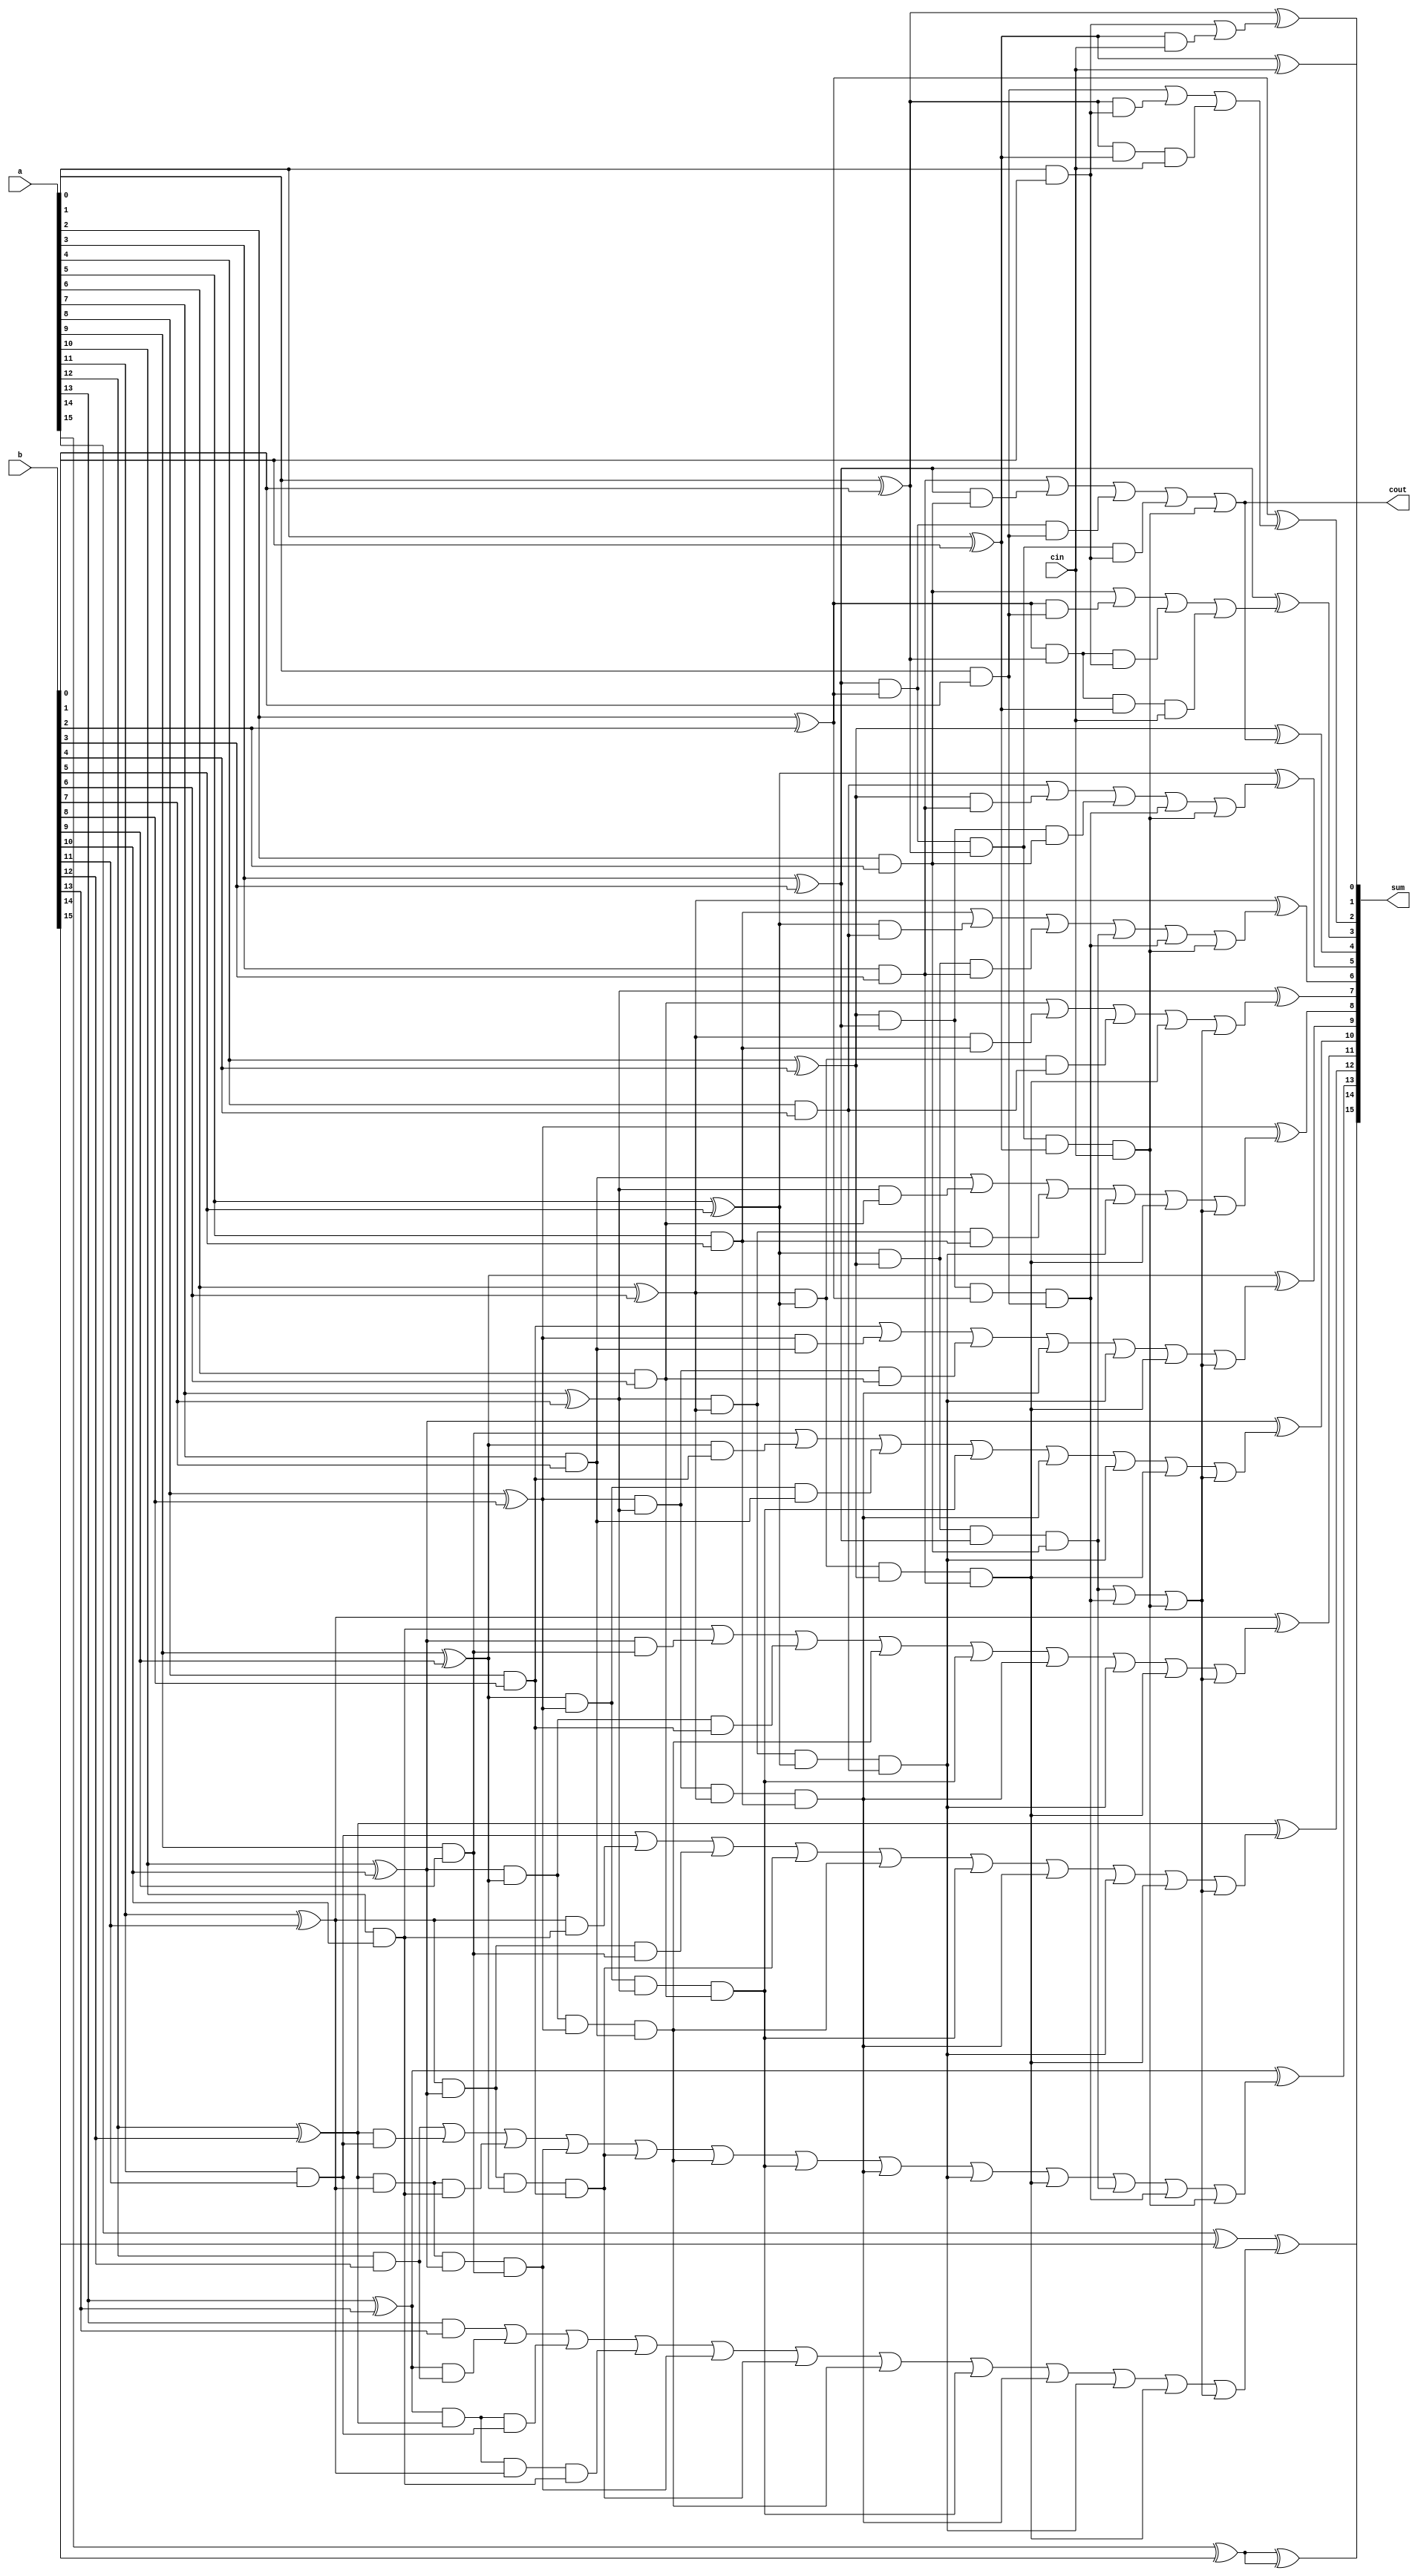
module CLA_Adder(a,b,cin,sum,cout);
	input[15:0] a,b;
	input cin;
	output [15:0] sum;
	output cout;
	wire p0,p1,p2,p3,p4,p5,p6,p7,p8,p9,p10,p11,p12,p13,p14,p15,g0,g1,g2,g3,g4,g5,g6,g7,g8,g9,g10,g11,g12,g13,g14,g15,c0,c1,c2,c3,c4,c5,c6,c7,c8,c9,c10,c11,c12,c13,c14,c15;
  assign p0=(a[0]^b[0]);
  assign p1=(a[1]^b[1]);
               assign p2=(a[2]^b[2]);
               assign p3=(a[3]^b[3]);
               assign p4=(a[4]^b[4]);
               assign p5=(a[5]^b[5]);
  assign p6=(a[6]^b[6]);
  assign p7=(a[7]^b[7]);
  assign p8=(a[8]^b[8]);
  assign p9=(a[9]^b[9]);
  assign p10=(a[10]^b[10]);
  assign p11=(a[11]^b[11]);
  assign p12=(a[12]^b[12]);
  assign p13=(a[13]^b[13]);
  assign p14=(a[14]^b[14]);
assign p15=(a[15]^b[15]);
  assign g0=(a[0]&b[0]);
      assign g1=(a[1]&b[1]);
               assign g2=(a[2]&b[2]);
               assign g3=(a[3]&b[3]);
               assign g4=(a[4]&b[4]);
               assign g5=(a[5]&b[5]);
  assign g6=(a[6]&b[6]);
  assign g7=(a[7]&b[7]);
  assign g8=(a[8]&b[8]);
  assign g9=(a[9]&b[9]);
  assign g10=(a[10]&b[10]);
  assign g11=(a[11]&b[11]);
  assign g12=(a[12]&b[12]);
  assign g13=(a[13]&b[13]);
  assign g14=(a[14]&b[14]);
assign g15=(a[15]&b[15]);
  assign c0= cin;
  assign c1=g0|(p0&cin);
  assign c2=g1|(p1&g0)|(p1&p0&cin);
               assign c3=g2|(p2&g1)|(p2&p1&g0)|(p2&p1&p0&cin);
               assign c4=g3|(p3&g2)|(p3&p2&g1)|(p3&p2&p1&g0)|(p3&p2&p1&p0&cin);
               assign c5 =g4|(p4&g3)|(p4&p3&g2)|(p4&p3&p2&g1)|(p3&p2&p1&p0&cin);
        assign c6=g5|(p5&g4)|(p5&p4&g3)|(p5&p4&p3&g2)|(p4&p3&p2&g1)|(p3&p2&p1&p0&cin);
        assign c7=g6|(p6&g5)|(p6&p5&g4)|(p6&p5&p4&g3)||(p5&p4&p3&g2)|(p4&p3&p2&g1)|(p3&p2&p1&p0&cin);
      assign c8=g7|(p7&g6)|(p7&p6&g5)|(p7&p6&p5&g4)|(p6&p5&p4&g3)||(p5&p4&p3&g2)|(p4&p3&p2&g1)|(p3&p2&p1&p0&cin);
      assign c9=g8|(p8&g7)|(p8&p7&g6)|(p8&p7&p6&g5)|(p7&p6&p5&g4)|(p6&p5&p4&g3)||(p5&p4&p3&g2)|(p4&p3&p2&g1)|(p3&p2&p1&p0&cin);
      assign c10=g9|(p9&g8)|(p9&p8&g7)|(p9&p8&p7&g6)|(p8&p7&p6&g5)|(p7&p6&p5&g4)|(p6&p5&p4&g3)||(p5&p4&p3&g2)|(p4&p3&p2&g1)|(p3&p2&p1&p0&cin);
      assign c11=g10|(p10&g9)|(p10&p9&g8)|(p10&p9&p8&g7)|(p9&p8&p7&g6)|(p8&p7&p6&g5)|(p7&p6&p5&g4)|(p6&p5&p4&g3)||(p5&p4&p3&g2)|(p4&p3&p2&g1)|(p3&p2&p1&p0&cin);
      assign c12=g11|(p11&g10)|(p11&p10&g9)|(p11&p10&p9&g8)|(p10&p9&p8&g7)|(p9&p8&p7&g6)|(p8&p7&p6&g5)|(p7&p6&p5&g4)|(p6&p5&p4&g3)||(p5&p4&p3&g2)|(p4&p3&p2&g1)|(p3&p2&p1&p0&cin);
      assign c13=g12|(p12&g11)|(p12&p11&g10)|(p12&p11&p10&g9)|(p11&p10&p9&g8)|(p10&p9&p8&g7)|(p9&p8&p7&g6)|(p8&p7&p6&g5)|(p7&p6&p5&g4)|(p6&p5&p4&g3)|(p5&p4&p3&g2)|(p4&p3&p2&g1)|(p3&p2&p1&p0&cin);
      assign c14=g13|(p13&g12)|(p13&p12&g11)|(p13&p12&p11&g10)|(p12&p11&p10&g9)|(p11&p10&p9&g8)|(p10&p9&p8&g7)|(p9&p8&p7&g6)|(p8&p7&p6&g5)|(p7&p6&p5&g4)|(p6&p5&p4&g3)||(p5&p4&p3&g2)|(p4&p3&p2&g1)|(p3&p2&p1&p0&cin);
      assign c15=g14|(p14&g13)|(p14&p13&g12)|(p14&p13&p12&g11)|(p13&p12&p11&g10)|(p12&p11&p10&g9)|(p11&p10&p9&g8)|(p10&p9&p8&g7)|(p9&p8&p7&g6)|(p8&p7&p6&g5)|(p7&p6&p5&g4)|(p6&p5&p4&g3)||(p5&p4&p3&g2)|(p4&p3&p2&g1)|(p3&p2&p1&p0&cin);

      assign sum[0]=p0^c0;
  assign sum[1]=p1^c1;
  assign sum[2]=p2^c2;
  assign sum[3]=p3^c3;
  assign sum[4]=p4^c4;
  assign sum[5]=p5^c5;
  assign sum[6]=p6^c6;
  assign sum[7]=p7^c7;
  assign sum[8]=p8^c8;
  assign sum[9]=p9^c9;
  assign sum[10]=p10^c10;
  assign sum[11]=p11^c11;
  assign sum[12]=p12^c12;
  assign sum[13]=p13^c13;
  assign sum[14]=p14^c14;
      assign sum[15]=p15^p15;

	assign cout=c4;

endmodule
module tbw_lookahead;

	// Inputs
	reg [15:0] a;
	reg [15:0] b;
	reg cin;

	// Outputs
	wire [15:0] sum;
	wire cout;

	// Instantiate the Unit Under Test (UUT)
	CLA_Adder uut (
		.a(a),
		.b(b),
		.cin(cin),
		.sum(sum),
		.cout(cout)
	);

	initial begin
      $monitor( $time,"a=%b,a=%b,cout=%b,sum=%b",a,b,cout,sum);

		a = 0;
		b = 0;
		cin = 0;
      #10 a = (-10); b = 100 ; cin= 0;
#10 a = 63; b = 127 ; cin= 0;
#10 a = 15; b= 95; cin = 0;
      #10 a = -32; b = 79 ; cin= 0;
      #10 a = -59; b = -16 ; cin= 0;
      #10 a = 1000; b = 2001 ; cin= 0;
      #10 a = -3220; b = 15 ; cin= 0;


		// Wait 100 ns for global reset to finish
		#100;


	end

endmodule